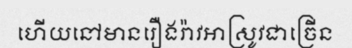
ហើយនៅមានរឿងរ៉ាវអាស្រូវជាច្រើន